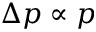
\Delta p \propto p